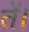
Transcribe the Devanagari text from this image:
तें।